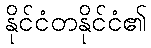
နိုင်ငံတနိုင်ငံ၏